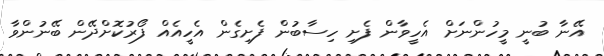
އޭނާ ބުނީ މީހުންނަށް އެހީވާން ފެށި ހިސާބުން ފެށިގެން އެހީއެއް ފޯރުކޮށްދޭން ބޭނުންވާ